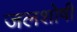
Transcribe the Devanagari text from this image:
जलशोषी